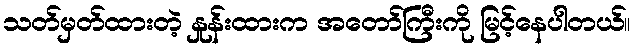
သတ်မှတ်ထားတဲ့ နှုန်းထားက အတော်ကြီးကို မြင့်နေပါတယ်။